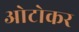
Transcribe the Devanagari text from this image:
ओटोकर